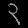
Digit: ၃